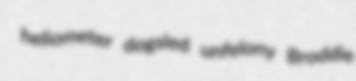
heliometer dogsled unfelony Broddie